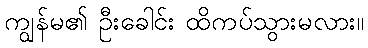
ကျွန်မ၏ ဦးခေါင်း ထိကပ်သွားမလား။